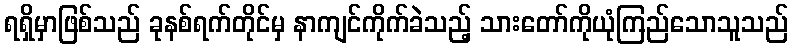
ရရှိမှာဖြစ်သည် ခုနစ်ရက်တိုင်မှ နာကျင်ကိုက်ခဲသည့် သားတော်ကိုယုံကြည်သောသူသည်